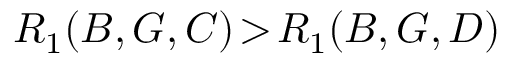
R _ { 1 } ( B , G , C ) \! > \! R _ { 1 } ( B , G , D )